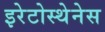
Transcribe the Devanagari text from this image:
इरेटोस्थेनेस